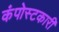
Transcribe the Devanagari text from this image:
कंपोस्टकारी